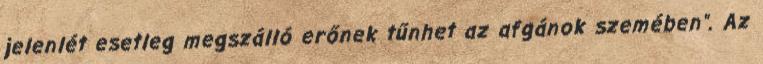
jelenlét esetleg megszálló erőnek tűnhet az afgánok szemében". Az